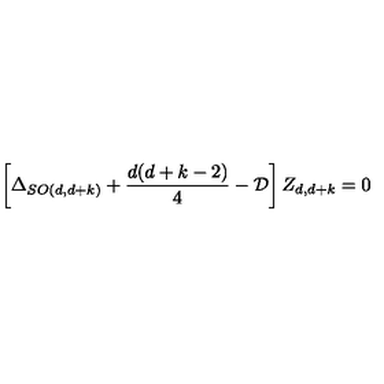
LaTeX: \left[ \Delta _ { S O ( d , d + k ) } + \frac { d ( d + k - 2 ) } { 4 } - { \cal { D } } \right] Z _ { d , d + k } = 0